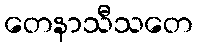
တေနာသီသတေ